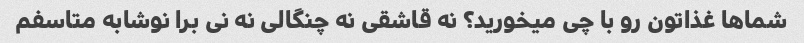
شماها غذاتون رو با چی میخورید؟ نه قاشقی نه چنگالی نه نی برا نوشابه متاسفم